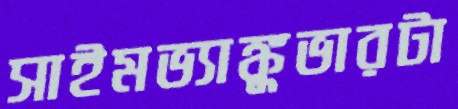
সাইমভ্যাঙ্কুভারটা